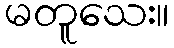
မတူသေး။